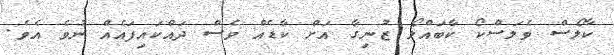
ކާލޯސް ވެލަސްކޯ ކާބައްލޯ ޒުނިގާ އަށް ކާޑެއް ވެސް ދައްކައިފައެއް ނުވެ އެވެ.